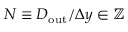
N \equiv D _ { \mathrm { o u t } } / \Delta y \in \mathbb { Z }